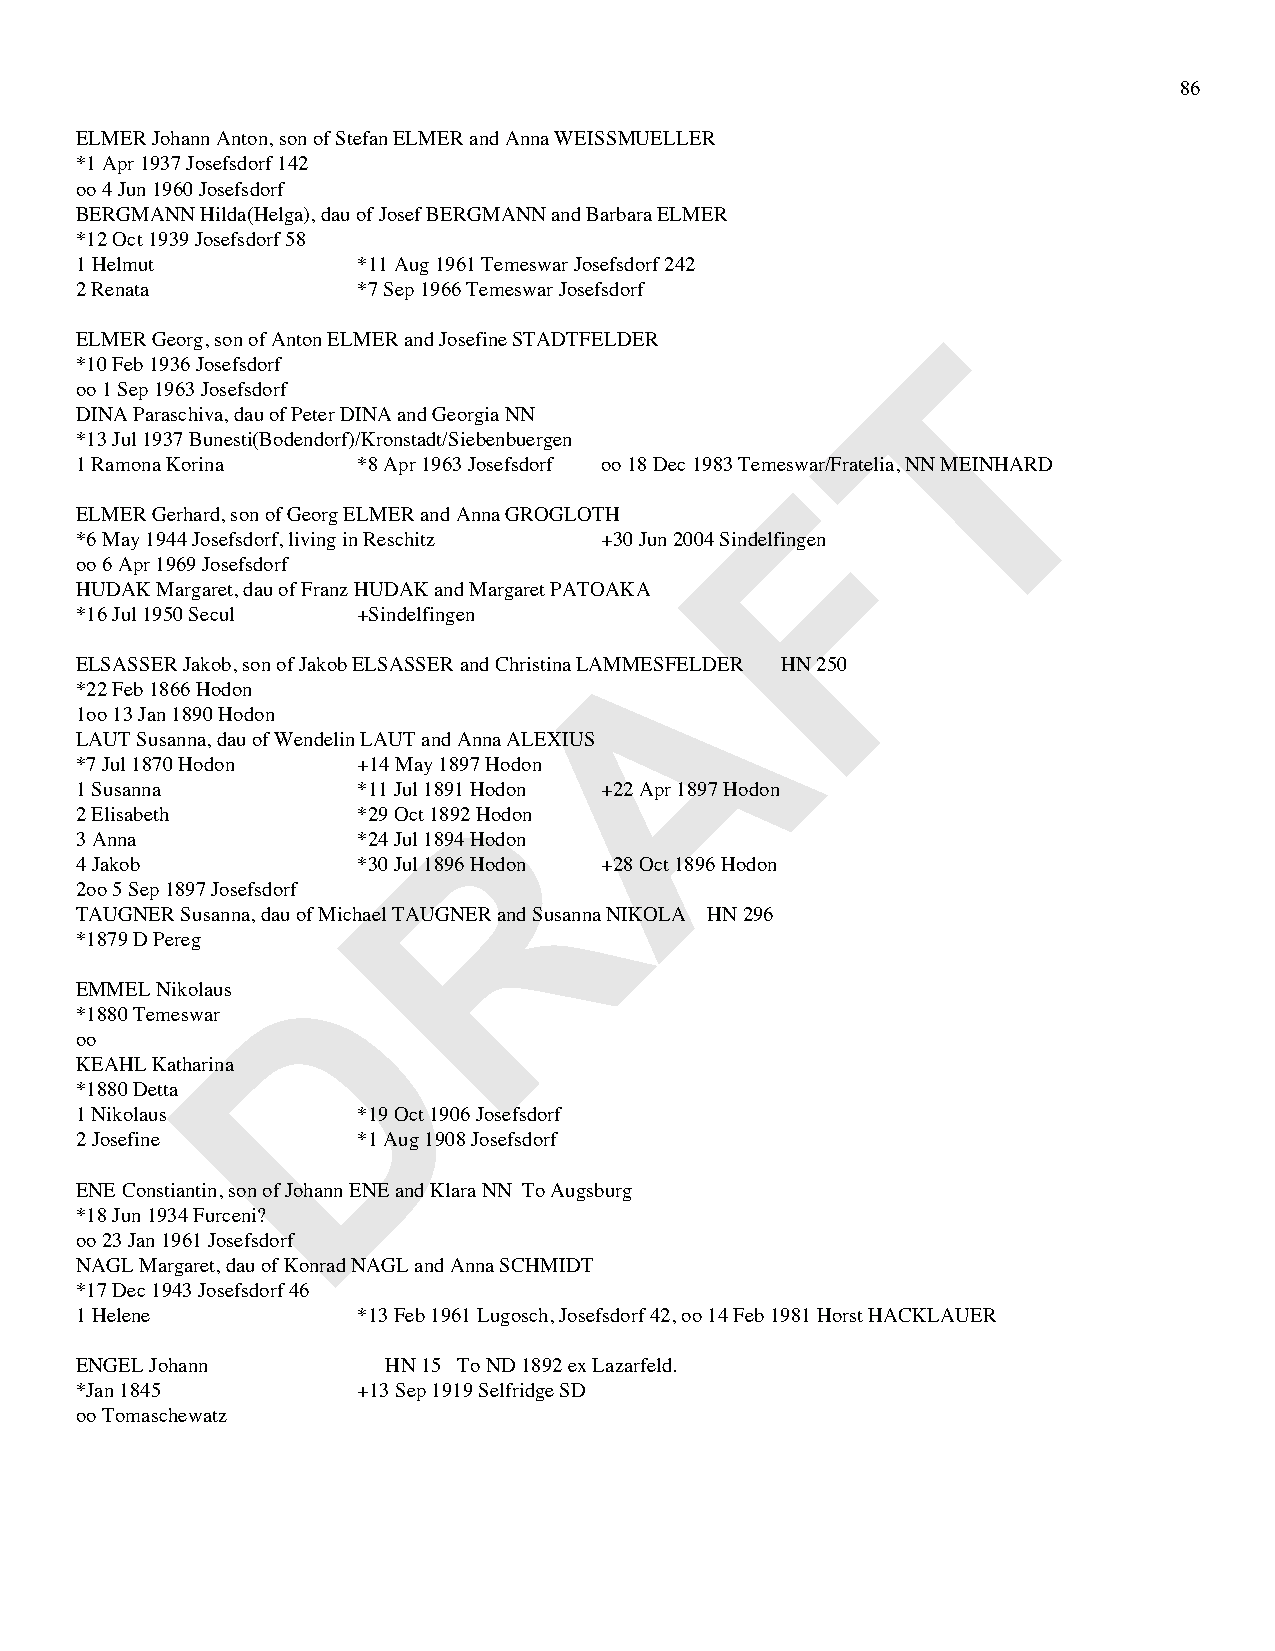
86
 ELMER Johann Anton, son of Stefan ELMER and Anna WEISSMUELLER
 *1 Apr 1937 Josefsdorf 142
 oo 4 Jun 1960 Josefsdorf
 BERGMANN Hilda(Helga), dau of Josef BERGMANN and Barbara ELMER
 *12 Oct 1939 Josefsdorf 58
 1 Helmut           *11 Aug 1961 Temeswar Josefsdorf 242
 2 Renata           *7 Sep 1966 Temeswar Josefsdorf
 T
 ELMER Georg, son of Anton ELMER and Josefine STADTFELDER
 *10 Feb 1936 Josefsdorf
 oo 1 Sep 1963 Josefsdorf
 DINA Paraschiva, dau of Peter DINA and Georgia NN
 *13 Jul 1937 Bunesti(Bodendorf)/Kronstadt/Siebenbuergen
 1 Ramona Korina    *8 Apr 1963 Josefsdorf oo 18 Dec 1983 TemeFswar/Fratelia, NN MEINHARD
 ELMER Gerhard, son of Georg ELMER and Anna GROGLOTH
 *6 May 1944 Josefsdorf, living in Reschitz +30 Jun 2004 Sindelfingen
 oo 6 Apr 1969 Josefsdorf
 HUDAK Margaret, dau of Franz HUDAK and Margaret PATOAKA
 *16 Jul 1950 Secul +Sindelfingen     A
 ELSASSER Jakob, son of Jakob ELSASSER and Christina LAMMESFELDER HN 250
 *22 Feb 1866 Hodon
 1oo 13 Jan 1890 Hodon
 LAUT Susanna, dau of Wendelin LAUT and Anna ALEXIUS
 *7 Jul 1870 Hodon  +14 May 1897 Hodon
 R
 1 Susanna          *11 Jul 1891 Hodon +22 Apr 1897 Hodon
 2 Elisabeth        *29 Oct 1892 Hodon
 3 Anna             *24 Jul 1894 Hodon
 4 Jakob            *30 Jul 1896 Hodon +28 Oct 1896 Hodon
 2oo 5 Sep 1897 Josefsdorf
 TAUGNER Susanna, dau of Michael TAUGNER and Susanna NIKOLA HN 296
 *1879 D Pereg
 D
 EMMEL Nikolaus
 *1880 Temeswar
 oo
 KEAHL Katharina
 *1880 Detta
 1 Nikolaus         *19 Oct 1906 Josefsdorf
 2 Josefine         *1 Aug 1908 Josefsdorf
 ENE Constiantin, son of Johann ENE and Klara NN To Augsburg
 *18 Jun 1934 Furceni?
 oo 23 Jan 1961 Josefsdorf
 NAGL Margaret, dau of Konrad NAGL and Anna SCHMIDT
 *17 Dec 1943 Josefsdorf 46
 1 Helene           *13 Feb 1961 Lugosch, Josefsdorf 42, oo 14 Feb 1981 Horst HACKLAUER
 ENGEL Johann         HN 15 To ND 1892 ex Lazarfeld.
 *Jan 1845          +13 Sep 1919 Selfridge SD
 oo Tomaschewatz